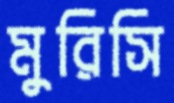
মুরিসি